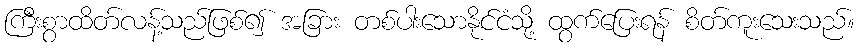
ကြီးစွာထိတ်လန့်သည်ဖြစ်၍ အခြား တစ်ပါးသောနိုင်ငံသို့ ထွက်ပြေးရန် စိတ်ကူးသေးသည်။